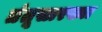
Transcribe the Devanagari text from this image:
तंतूसारख्या